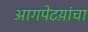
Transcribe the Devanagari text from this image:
आगपेटय़ांचा